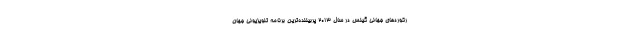
رکوردهای جهانی گینس در سال 2013 پربیننده‌ترین برنامه تلویزیونی جهان